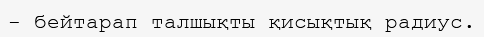
- бейтарап талшықты қисықтық радиус.